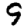
Digit: 9